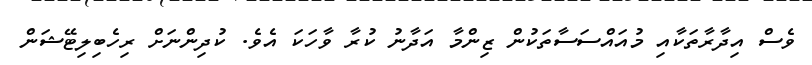
ވެސް އިދާރާތަކާއި މުއައްސަސާތަކުން ޒިންމާ އަދާނު ކުރާ ވާހަކަ އެވެ. ކުދިންނަށް ރިހެބިލިޓޭޝަން